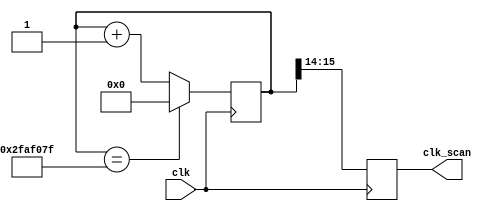
module clk_generator(clk, clk_scan);
    input clk;
    output reg [1:0]clk_scan;

    reg [26:0]Q;
    reg [26:0]Q_TEMP;
    
    always @*
        if (Q == 27'd50000000 - 1) 
            Q_TEMP = 27'd0;
        else 
            Q_TEMP = Q + 1'b1;

    always@(posedge clk) begin
        Q <= Q_TEMP; 
        clk_scan <= {Q[15], Q[14]};
    end
         
endmodule